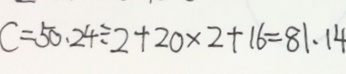
C = 5 0 . 2 4 \div 2 + 2 0 \times 2 + 1 6 = 8 1 . 1 4